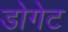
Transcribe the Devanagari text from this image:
डोगेट